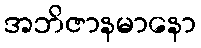
အဘိဇာနမာနော